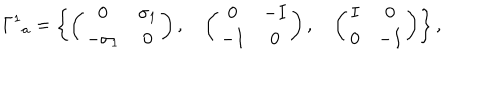
{ \Gamma ^ { 1 } } _ { a } = \left\{ \left( \begin{matrix} { { 0 } } & { { \sigma _ { 1 } } } \\ { { - \sigma _ { 1 } } } & { { 0 } } \\ \end{matrix} \right) , \quad \left( \begin{matrix} { { 0 } } & { { - I } } \\ { { - I } } & { { 0 } } \\ \end{matrix} \right) , \quad \left( \begin{matrix} { { I } } & { { 0 } } \\ { { 0 } } & { { - I } } \\ \end{matrix} \right) \right\} ,